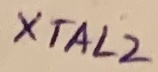
Text: XTAL2